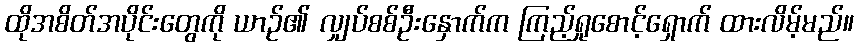
ထိုအစိတ်အပိုင်းတွေကို ယာဉ်၏ လျှပ်စစ်ဦးနှောက်က ကြည့်ရှုစောင့်ရှောက် ထားလိမ့်မည်။